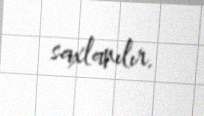
saxlanılır.